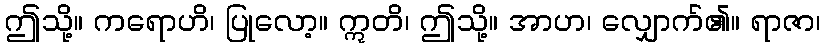
ဤသို့။ ကရောဟိ၊ ပြုလော့။ ဣတိ၊ ဤသို့။ အာဟ၊ လျှောက်၏။ ရာဇာ၊